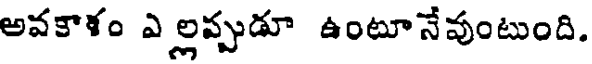
అవకాళం ఎ ల్లప్పుడూ ఉంటూనేవుంటుంది.